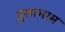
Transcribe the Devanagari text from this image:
तुलाभरम